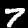
Label: 7